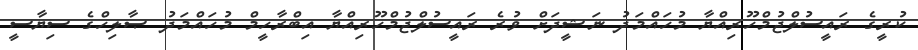
ކުރީގެ ރައީސުލްޖުމްހޫރިއްޔާ މުހައްމަދު ނަޝީދަށް ވުރެ ރައީސުލްޖުމްހޫރިއްޔާ އިބްރާހީމް މުހައްމަދު ޞާލިހްގެ ސިޔާސީ